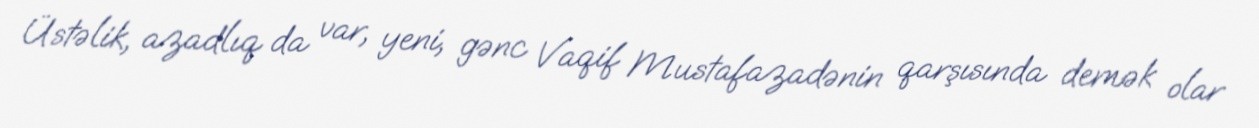
Üstəlik, azadlıq da var, yeni, gənc Vaqif Mustafazadənin qarşısında demək olar